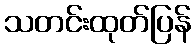
သတင်းထုတ်ပြန်